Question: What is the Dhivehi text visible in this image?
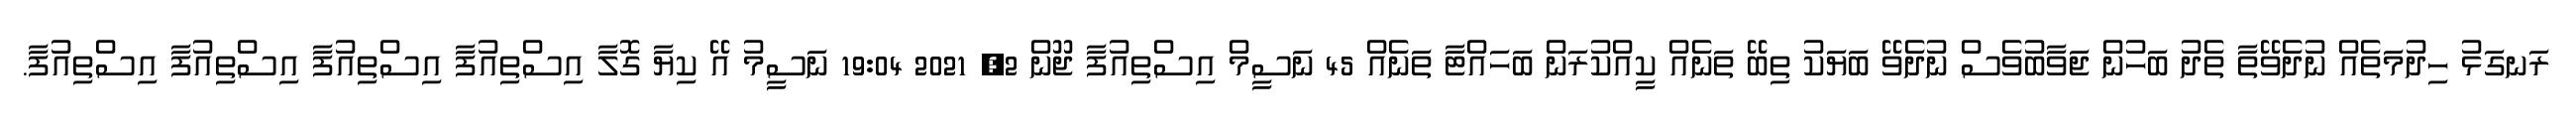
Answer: ރަނގަޅު ހިދުމަތެއް ނުދެވޭތާ ތެދު ބަހުން ޖަވާބުވެސް ނުދެވޭ ބަޔަކު ތިބޭ ތަނެއް ކީއްކުރަން ބަހައްޓާ ތަނެއް 45 ނަސީމް އިސްތިއުފާ ޖޫން 2, 2021 19:04 ނަސީމު އޭ ކިޔާ ގޮލާ އިސްތިއުފާ އިސްތިއުފާ އިސްތިއުފާ އިސްތިއުފާ.